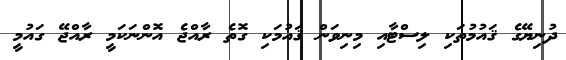
ދުނިޔޭގެ ޤައުމުތަކި ލިސްޓާއި މިނިވަން ޤައުމަކި ގޮތެ ރާއްޖެ އޮންނަކަމީ ރާއްޖޭ ގައުމީ